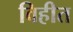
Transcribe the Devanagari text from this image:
विहीत